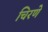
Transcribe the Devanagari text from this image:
चिरणे